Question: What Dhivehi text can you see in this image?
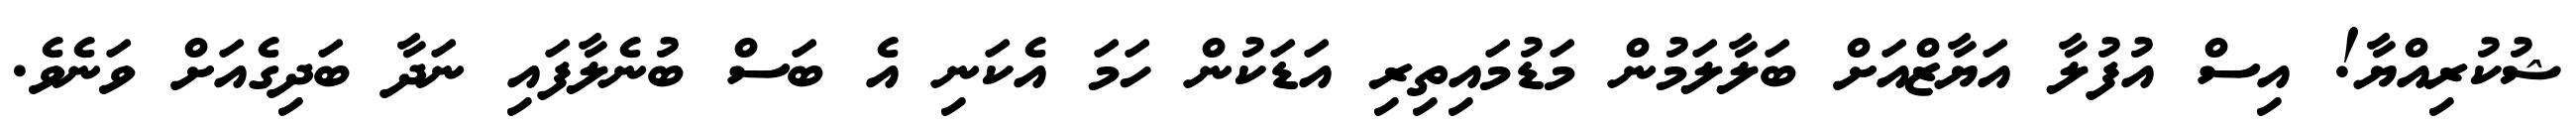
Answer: ޝުކުރިއްޔާ! އިސް އުފުލާ އަޔާޒްއަށް ބަލާލަމުން މަޑުމައިތިރި އަޑަކުން ހަމަ އެކަނި އެ ބަސް ބުނެލާފައި ނަދާ ބަދިގެއަށް ވަނެވެ.